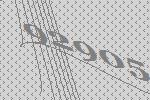
92905